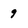
Character: 9